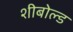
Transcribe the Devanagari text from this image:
शीबोल्ड